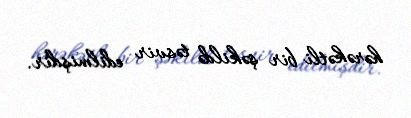
hərəkətli bir şəkildə təsvir edilmişdir.